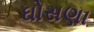
ઘોસણા